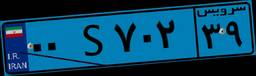
۰۰S۷۰۲۳۹